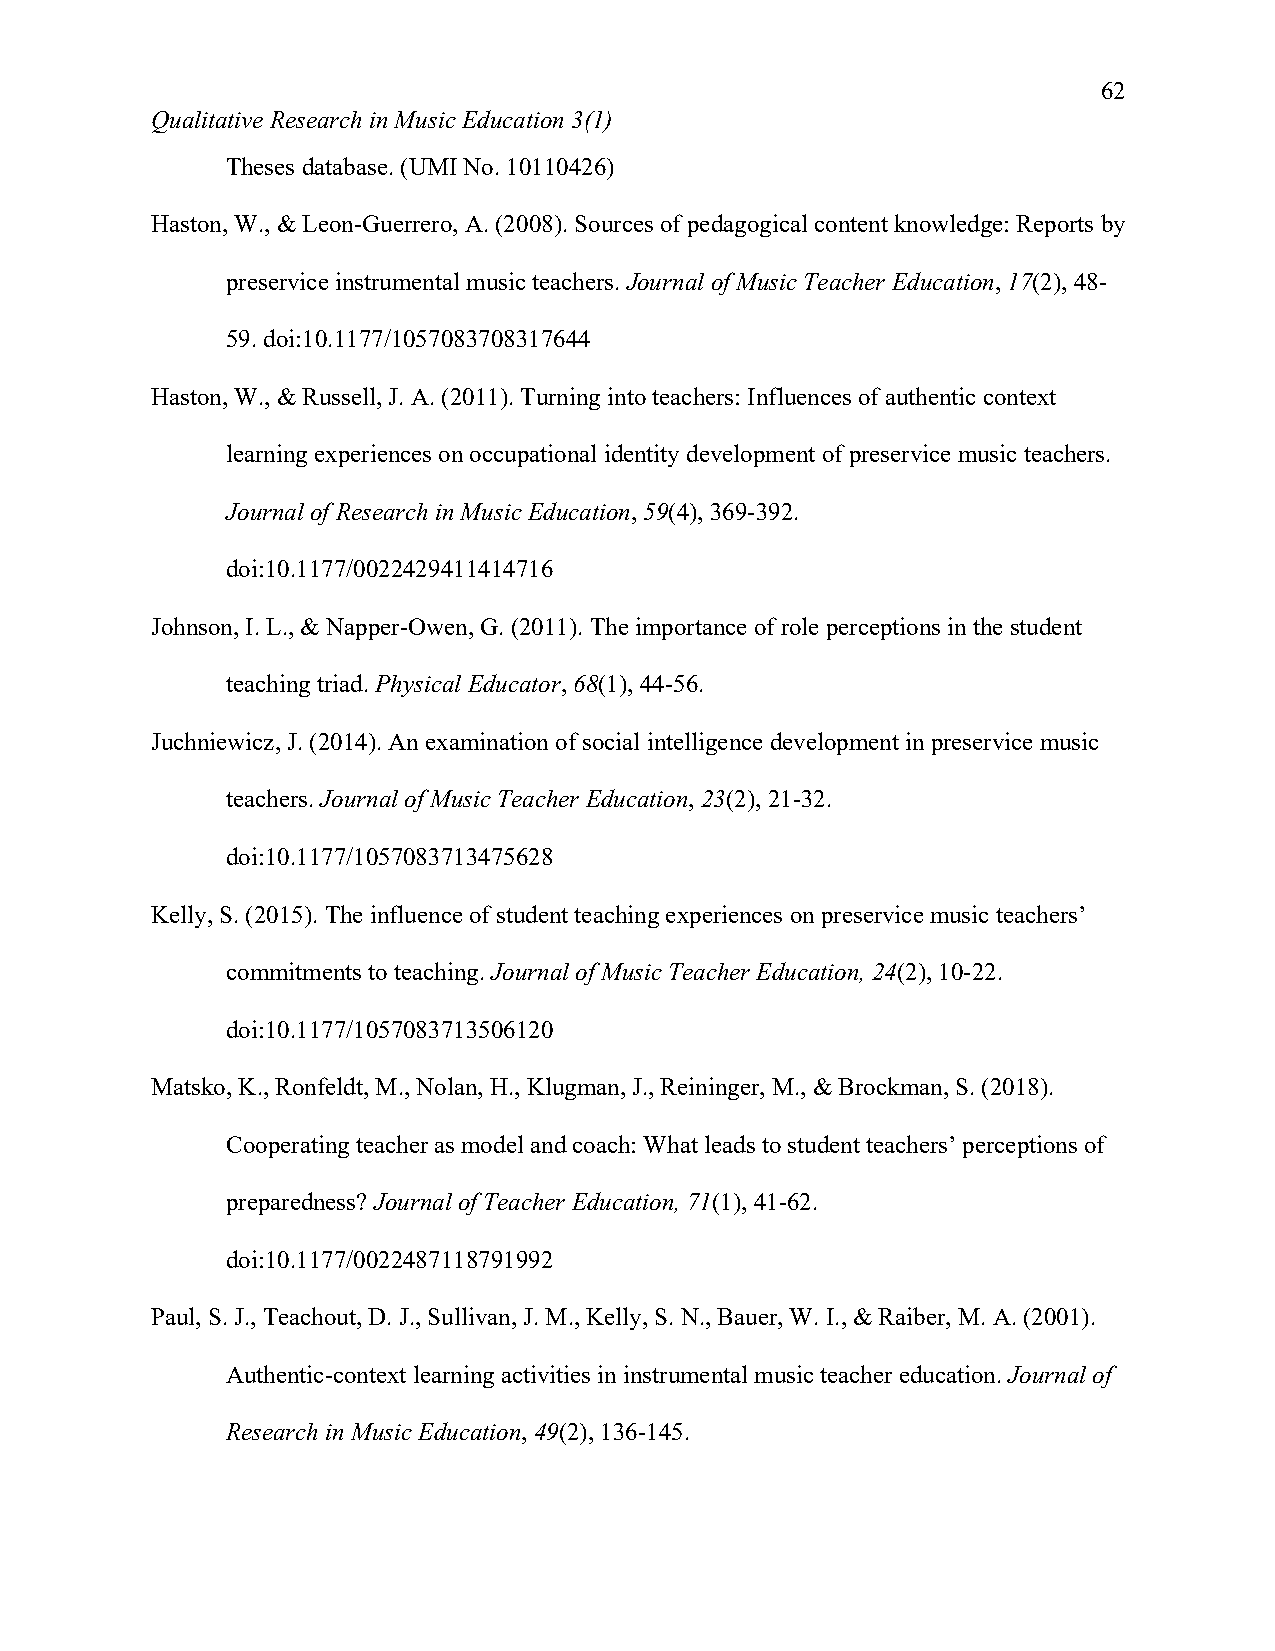
62
 Qualitative Research in Music Education 3(1)
 Theses database. (UMI No. 10110426)
 Haston, W., & Leon-Guerrero, A. (2008). Sources of pedagogical content knowledge: Reports by
 preservice instrumental music teachers. Journal of Music Teacher Education, 17(2), 48-
 59. doi:10.1177/1057083708317644
 Haston, W., & Russell, J. A. (2011). Turning into teachers: Influences of authentic context
 learning experiences on occupational identity development of preservice music teachers.
 Journal of Research in Music Education, 59(4), 369-392.
 doi:10.1177/0022429411414716
 Johnson, I. L., & Napper-Owen, G. (2011). The importance of role perceptions in the student
 teaching triad. Physical Educator, 68(1), 44-56.
 Juchniewicz, J. (2014). An examination of social intelligence development in preservice music
 teachers. Journal of Music Teacher Education, 23(2), 21-32.
 doi:10.1177/1057083713475628
 Kelly, S. (2015). The influence of student teaching experiences on preservice music teachers’
 commitments to teaching. Journal of Music Teacher Education, 24(2), 10-22.
 doi:10.1177/1057083713506120
 Matsko, K., Ronfeldt, M., Nolan, H., Klugman, J., Reininger, M., & Brockman, S. (2018).
 Cooperating teacher as model and coach: What leads to student teachers’ perceptions of
 preparedness? Journal of Teacher Education, 71(1), 41-62.
 doi:10.1177/0022487118791992
 Paul, S. J., Teachout, D. J., Sullivan, J. M., Kelly, S. N., Bauer, W. I., & Raiber, M. A. (2001).
 Authentic-context learning activities in instrumental music teacher education. Journal of
 Research in Music Education, 49(2), 136-145.